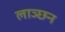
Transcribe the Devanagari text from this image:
लाञ्छन